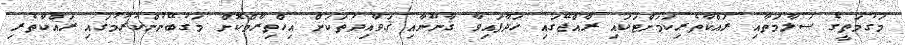
މަގުމަތީގެ ސަލާމަތާއި ރައްކާތެރިކަމަށްޓަކައި ރާއްޖޭގައި ހަދާފައިވާ ޤާނޫނާއި ޤަވާއިދުތަކަށް އިހްތިރާމްކޮށް މަގުބޭނުންކުރުމުގައި ރައްކާތެރި